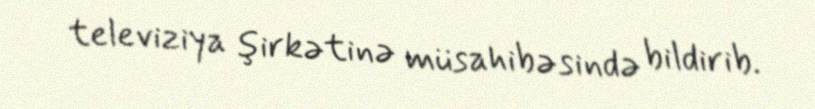
televiziya şirkətinə müsahibəsində bildirib.